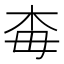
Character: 𣏭